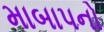
માબાપનો